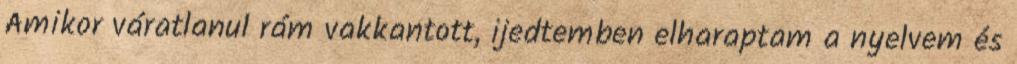
Amikor váratlanul rám vakkantott, ijedtemben elharaptam a nyelvem és